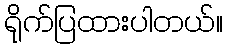
ရိုက်ပြထားပါတယ်။